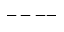
--- -